Reports on military cantonments and civil stations in the Presidency of Bombay inspected by the Sanitary Commissioner in the years 1875 and 1876
Year: 1875
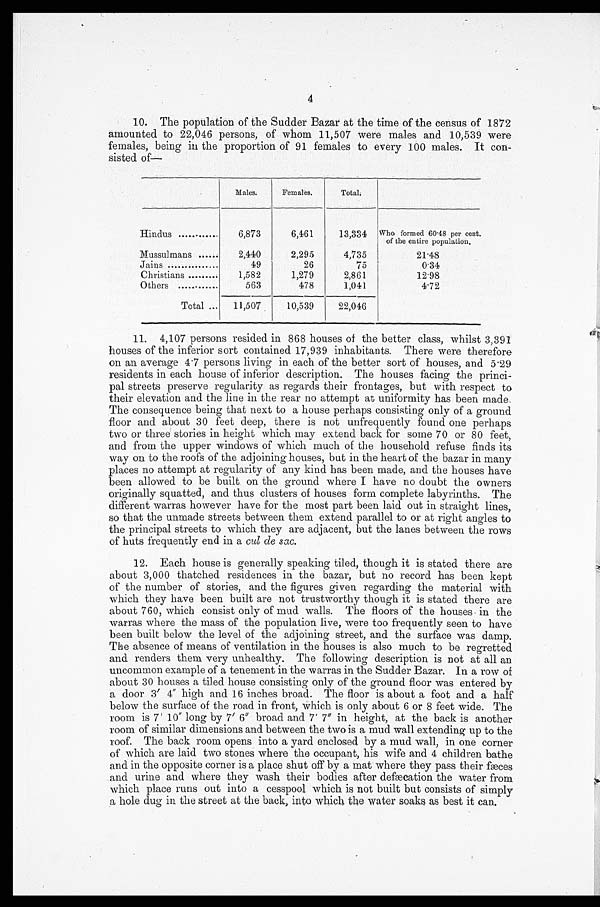
4
10. The population of the Sudder Bazar at the time of the census of 1872
amounted to 22,046 persons, of whom 11,507 were males and 10,539 were
females, being in the proportion of 91 females to every 100 males. It con-
sisted Of—
Males.
Females.
Total.
Hindus
6,873
6,461
13,334 Who formed 60.48 per cent.
of the entire population.
Mussulmans ....
2,440
2,295
4,735
21.48
Jains
49
26
75
0.34
Christians
1,582
1,279
2,861
12.98
Others
563
478
1,041
4.72
Total
11,507
10,539
22,046
11. 4,107 persons resided in 868 houses of the better class, whilst 3,391
houses of the inferior sort contained 17,939 inhabitants. There were therefore
on an average 4 . 7 persons living in each of the better sort of houses, and 5.29
residents in each house of inferior description. The houses facing the princi--
pal streets preserve regularity as regards their frontages, but with respect to
their elevation and the line in the rear no attempt at uniformity has been made.
The consequence being that next to a house perhaps consisting only of a ground
floor and about 30 feet deep, there is not unfrequently found one perhaps
two or three stories in height which may extend back for some 70 or 80 feet,
and from the upper windows of which much of the household refuse finds its
way on to the roofs of the adjoining houses, but in the heart of the bazar in many
places no attempt at regularity of any kind has been made, and the houses have
been allowed to be built on the ground where I have no doubt the owners
originally squatted, and thus clusters of houses form complete labyrinths. The
different warras however have for the most part been laid out in straight lines,
so that the unmade streets between them extend parallel to or at right angles to
the principal streets to which they are adjacent, but the lanes between the rows
of huts frequently end in a cul de sac.
12. Each house is generally speaking tiled, though it is stated there are
about 3,000 thatched residences in the bazar, but no record has been kept
of the number of stories, and the figures given regarding the material with
which they have been built are not trustworthy though it is stated there are
about 760, which consist only of mud walls. The floors of the houses in the
warras where the mass of the population live, were too frequently seen to have
been built below the level of the adjoining street, and the surface was damp.
The absence of means of ventilation in the houses is also much to be regretted
and renders them very unhealthy. The following description is not at all an
uncommon example of a tenement in the warras in the Sudder Bazar. In a row of
about 30 houses a tiled house consisting only of the ground floor was entered by
a door 3' 4" high and 16 inches broad. The floor is about a foot and a half
below the surface of the road in front, which is only about 6 or 8 feet wide. The
room is 7' 10" long by 7' 6" broad and 7' 7" in height, at the back is another
room of similar dimensions and between the two is a mud wall extending up to the
roof. The back room opens into a yard enclosed by a mud wall, in one corner
of which are laid two stones where the occupant, his wife and 4 children bathe
and in the opposite corner is a place shut off by a mat where they pass their fæces
and urine and where they wash their bodies after defæcation the water from
which place runs out into a cesspool which is not built but consists of simply
a hole dug in the street at the back, into which the water soaks as best it can.